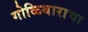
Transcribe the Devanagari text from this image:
गोळिबाराचा